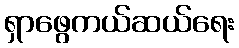
ရှာဖွေကယ်ဆယ်ရေး